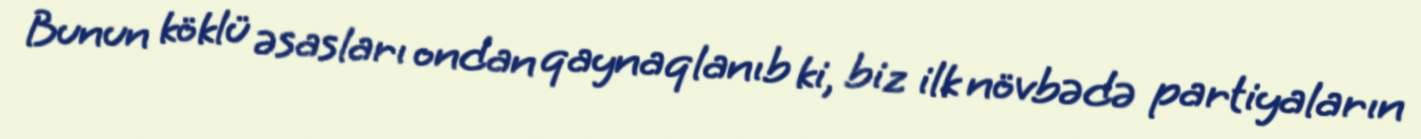
Bunun köklü əsasları ondan qaynaqlanıb ki, biz ilk növbədə partiyaların